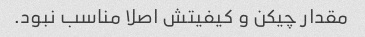
مقدار چیکن و کیفیتش اصلا مناسب نبود.